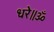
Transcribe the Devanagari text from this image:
धरे॥ॐ